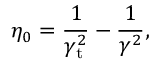
\eta _ { 0 } = \frac { 1 } { \gamma _ { \mathrm { t } } ^ { 2 } } - \frac { 1 } { \gamma ^ { 2 } } \mathrm { , }